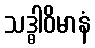
သဒ္ဓါဝိမာနံ